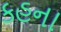
કહના